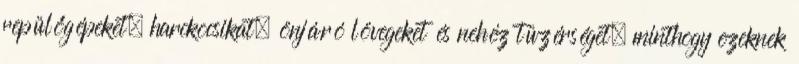
repülőgépeket, harckocsikat, önjáró lövegeket és nehéz tüzérséget, minthogy ezeknek